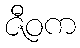
ဇီဝက